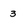
Character: 3